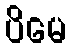
ပိမေ